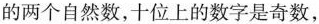
的两个自然数，十位上的数字是奇数，